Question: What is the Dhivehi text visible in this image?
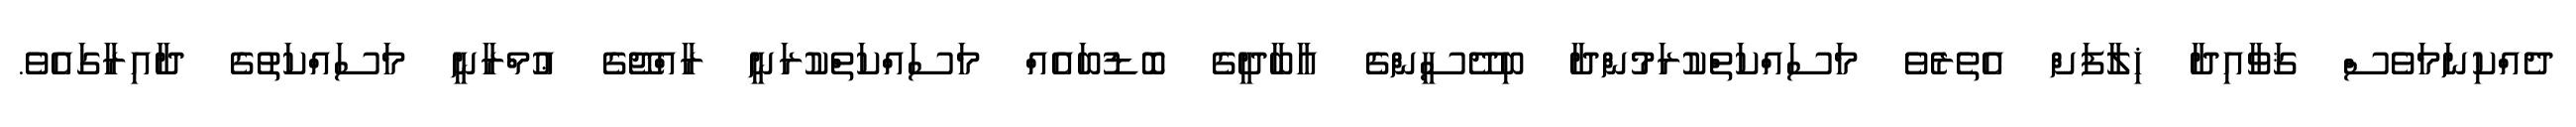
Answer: ދެއްކިނަމަވެސް ޤަވާއިދާ ޚިލާފަށް އެތެރެވެ މަސައްކަތްކުރަމުންދާ ބިދޭސީންގެ އާބާދީގެ ބޮޑުބައެއް މަސައްކަތްކުރަނީ ރާއްޖޭގެ ޢުމްރާނީ މަސައްކަތުގެ ދާއިރާގައެވެ.